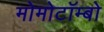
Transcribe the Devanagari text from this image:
मोमोटॉम्बो